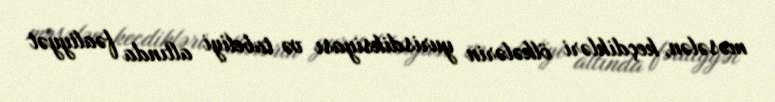
məsələn, keçdikləri ölkələrin yurisdiksiyası və tabeliyi altında fəaliyyət